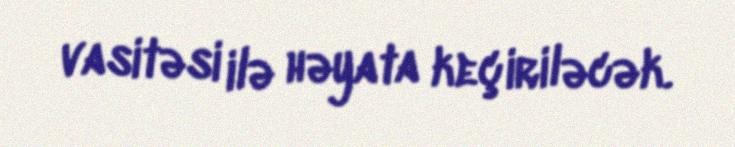
vasitəsi ilə həyata keçiriləcək.